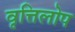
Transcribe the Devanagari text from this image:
वृत्तिलोप